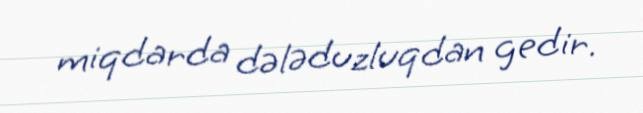
miqdarda dələduzluqdan gedir.